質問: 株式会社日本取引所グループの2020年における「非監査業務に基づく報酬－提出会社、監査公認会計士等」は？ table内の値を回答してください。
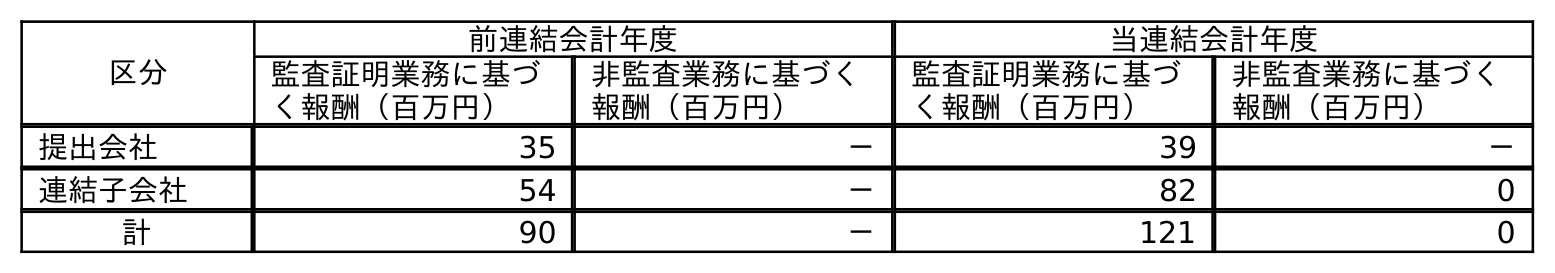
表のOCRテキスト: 区分 前連結会計年度 当連結会計年度 監査証明業務に基づ く報酬（百万円） 非監査業務に基づく 報酬（百万円） 監査証明業務に基づ く報酬（百万円） 非監査業務に基づく 報酬（百万円） 提出会社 35 － 39 － 連結子会社 54 － 82 0 計 90 － 121 0
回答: －